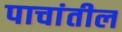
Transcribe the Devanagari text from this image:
पाचांतील